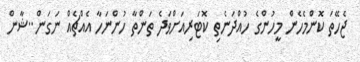
ޖެހޭތަ ކޮންމެހެން މީހުންގެ ހުއްދަނެތި ކޮޓަރިއަށްވަދެ ތަންތާ ހުންނަހާ އެއްޗެއް ނަގަން..ޝާން